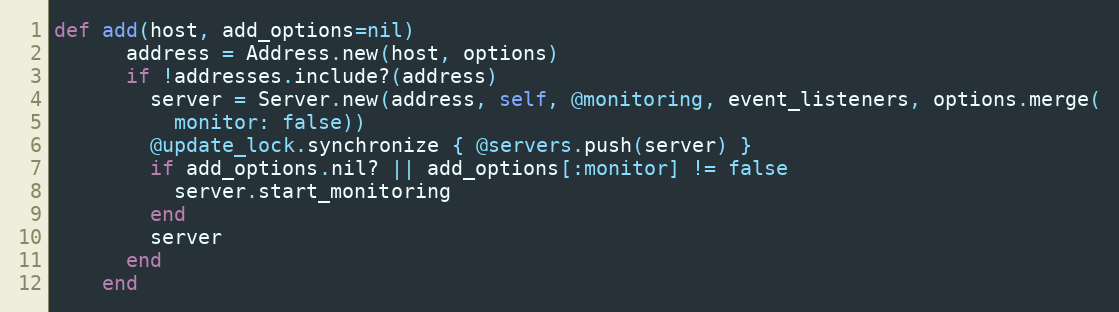
Language: Ruby
def add(host, add_options=nil)
      address = Address.new(host, options)
      if !addresses.include?(address)
        server = Server.new(address, self, @monitoring, event_listeners, options.merge(
          monitor: false))
        @update_lock.synchronize { @servers.push(server) }
        if add_options.nil? || add_options[:monitor] != false
          server.start_monitoring
        end
        server
      end
    end